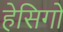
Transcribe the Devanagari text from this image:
हेसिगो